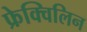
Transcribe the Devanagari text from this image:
फ्रेक्विलिन